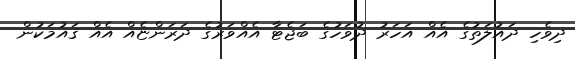
ދިވެހި ދައުލަތުގެ އެއް އަހަރު ދުވަހުގެ ބަޖެޓާ އެއްވަރުގެ ދަރަންޏެއް އެއް ޤައުމަކުން